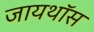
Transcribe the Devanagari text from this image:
जायथॉस